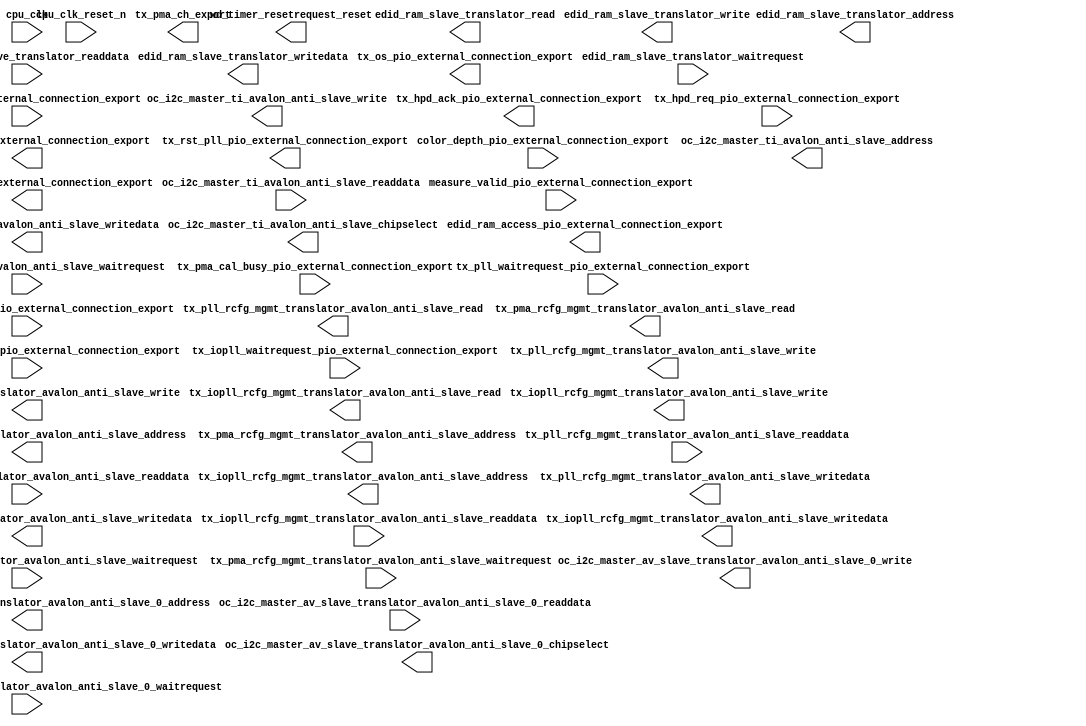
module nios (
		input  wire [1:0]  color_depth_pio_external_connection_export,                        //                   color_depth_pio_external_connection.export
		input  wire        cpu_clk,                                                           //                                                   cpu.clk
		input  wire        cpu_clk_reset_n,                                                   //                                               cpu_clk.reset_n
		output wire        edid_ram_access_pio_external_connection_export,                    //               edid_ram_access_pio_external_connection.export
		output wire [7:0]  edid_ram_slave_translator_address,                                 //                             edid_ram_slave_translator.address
		output wire        edid_ram_slave_translator_write,                                   //                                                      .write
		output wire        edid_ram_slave_translator_read,                                    //                                                      .read
		input  wire [7:0]  edid_ram_slave_translator_readdata,                                //                                                      .readdata
		output wire [7:0]  edid_ram_slave_translator_writedata,                               //                                                      .writedata
		input  wire        edid_ram_slave_translator_waitrequest,                             //                                                      .waitrequest
		input  wire [23:0] measure_pio_external_connection_export,                            //                       measure_pio_external_connection.export
		input  wire        measure_valid_pio_external_connection_export,                      //                 measure_valid_pio_external_connection.export
		output wire [2:0]  oc_i2c_master_av_slave_translator_avalon_anti_slave_0_address,     // oc_i2c_master_av_slave_translator_avalon_anti_slave_0.address
		output wire        oc_i2c_master_av_slave_translator_avalon_anti_slave_0_write,       //                                                      .write
		input  wire [31:0] oc_i2c_master_av_slave_translator_avalon_anti_slave_0_readdata,    //                                                      .readdata
		output wire [31:0] oc_i2c_master_av_slave_translator_avalon_anti_slave_0_writedata,   //                                                      .writedata
		input  wire        oc_i2c_master_av_slave_translator_avalon_anti_slave_0_waitrequest, //                                                      .waitrequest
		output wire        oc_i2c_master_av_slave_translator_avalon_anti_slave_0_chipselect,  //                                                      .chipselect
		output wire [2:0]  oc_i2c_master_ti_avalon_anti_slave_address,                        //                    oc_i2c_master_ti_avalon_anti_slave.address
		output wire        oc_i2c_master_ti_avalon_anti_slave_write,                          //                                                      .write
		input  wire [31:0] oc_i2c_master_ti_avalon_anti_slave_readdata,                       //                                                      .readdata
		output wire [31:0] oc_i2c_master_ti_avalon_anti_slave_writedata,                      //                                                      .writedata
		input  wire        oc_i2c_master_ti_avalon_anti_slave_waitrequest,                    //                                                      .waitrequest
		output wire        oc_i2c_master_ti_avalon_anti_slave_chipselect,                     //                                                      .chipselect
		input  wire        tmds_bit_clock_ratio_pio_external_connection_export,               //          tmds_bit_clock_ratio_pio_external_connection.export
		output wire        tx_hpd_ack_pio_external_connection_export,                         //                    tx_hpd_ack_pio_external_connection.export
		input  wire        tx_hpd_req_pio_external_connection_export,                         //                    tx_hpd_req_pio_external_connection.export
		output wire [8:0]  tx_iopll_rcfg_mgmt_translator_avalon_anti_slave_address,           //       tx_iopll_rcfg_mgmt_translator_avalon_anti_slave.address
		output wire        tx_iopll_rcfg_mgmt_translator_avalon_anti_slave_write,             //                                                      .write
		output wire        tx_iopll_rcfg_mgmt_translator_avalon_anti_slave_read,              //                                                      .read
		input  wire [31:0] tx_iopll_rcfg_mgmt_translator_avalon_anti_slave_readdata,          //                                                      .readdata
		output wire [31:0] tx_iopll_rcfg_mgmt_translator_avalon_anti_slave_writedata,         //                                                      .writedata
		input  wire        tx_iopll_waitrequest_pio_external_connection_export,               //          tx_iopll_waitrequest_pio_external_connection.export
		output wire [1:0]  tx_os_pio_external_connection_export,                              //                         tx_os_pio_external_connection.export
		output wire [9:0]  tx_pll_rcfg_mgmt_translator_avalon_anti_slave_address,             //         tx_pll_rcfg_mgmt_translator_avalon_anti_slave.address
		output wire        tx_pll_rcfg_mgmt_translator_avalon_anti_slave_write,               //                                                      .write
		output wire        tx_pll_rcfg_mgmt_translator_avalon_anti_slave_read,                //                                                      .read
		input  wire [31:0] tx_pll_rcfg_mgmt_translator_avalon_anti_slave_readdata,            //                                                      .readdata
		output wire [31:0] tx_pll_rcfg_mgmt_translator_avalon_anti_slave_writedata,           //                                                      .writedata
		input  wire        tx_pll_rcfg_mgmt_translator_avalon_anti_slave_waitrequest,         //                                                      .waitrequest
		input  wire        tx_pll_waitrequest_pio_external_connection_export,                 //            tx_pll_waitrequest_pio_external_connection.export
		input  wire        tx_pma_cal_busy_pio_external_connection_export,                    //               tx_pma_cal_busy_pio_external_connection.export
		output wire [1:0]  tx_pma_ch_export,                                                  //                                             tx_pma_ch.export
		output wire [11:0] tx_pma_rcfg_mgmt_translator_avalon_anti_slave_address,             //         tx_pma_rcfg_mgmt_translator_avalon_anti_slave.address
		output wire        tx_pma_rcfg_mgmt_translator_avalon_anti_slave_write,               //                                                      .write
		output wire        tx_pma_rcfg_mgmt_translator_avalon_anti_slave_read,                //                                                      .read
		input  wire [31:0] tx_pma_rcfg_mgmt_translator_avalon_anti_slave_readdata,            //                                                      .readdata
		output wire [31:0] tx_pma_rcfg_mgmt_translator_avalon_anti_slave_writedata,           //                                                      .writedata
		input  wire        tx_pma_rcfg_mgmt_translator_avalon_anti_slave_waitrequest,         //                                                      .waitrequest
		input  wire        tx_pma_waitrequest_pio_external_connection_export,                 //            tx_pma_waitrequest_pio_external_connection.export
		output wire        tx_rcfg_en_pio_external_connection_export,                         //                    tx_rcfg_en_pio_external_connection.export
		output wire        tx_rst_pll_pio_external_connection_export,                         //                    tx_rst_pll_pio_external_connection.export
		output wire        tx_rst_xcvr_pio_external_connection_export,                        //                   tx_rst_xcvr_pio_external_connection.export
		output wire        wd_timer_resetrequest_reset                                        //                                 wd_timer_resetrequest.reset
	);
endmodule